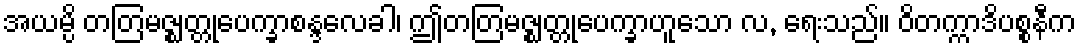
အယမ္ပိ တတြမဇ္ဈတ္တုပေက္ခာစန္ဒလေခါ၊ ဤတတြမဇ္ဈတ္တုပေက္ခာဟူသော လ, ရေးသည်။ ဝိတက္ကာဒိပစ္စနီက